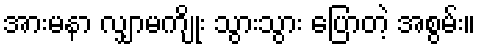
အားမနာ လျှာမကျိုး သွားသွား ပြောတဲ့ အစွမ်း။